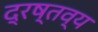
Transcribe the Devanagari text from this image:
द्रष्तव्य